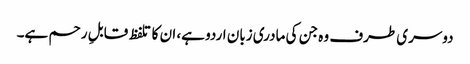
دوسری طرف وہ جن کی مادری زبان اردو ہے، ان کا تلفظ قابلِ رحم ہے۔